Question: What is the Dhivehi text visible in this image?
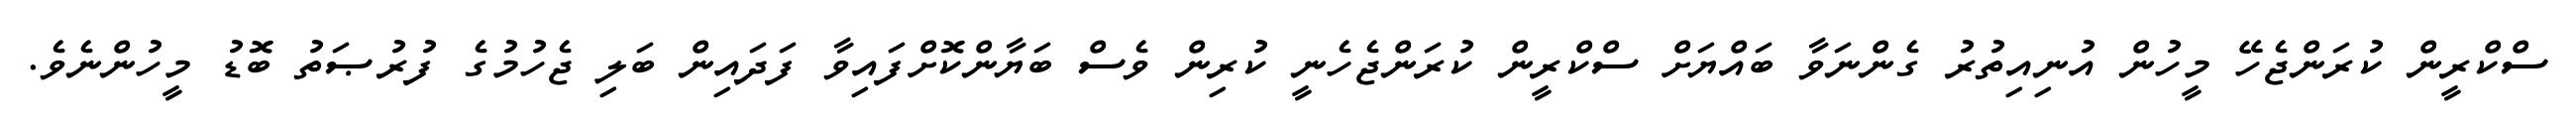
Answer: ސްކްރީން ކުރަންޖެހޭ މީހުން އުނިއިތުރު ގެންނަވާ ބައްޔަށް ސްކްރީން ކުރަންޖެހެނީ ކުރިން ވެސް ބަޔާންކޮށްފައިވާ ފަދައިން ބަލި ޖެހުމުގެ ފުރުޞަތު ބޮޑު މީހުންނެވެ.